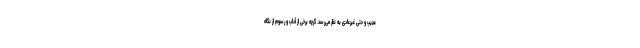
عجیب و حتی غیرعادی به نظر می‌رسد. گرچه برخی از آداب و رسوم از نگاه